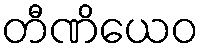
တီဏိယေဝ